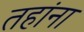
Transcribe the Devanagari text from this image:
तहांना